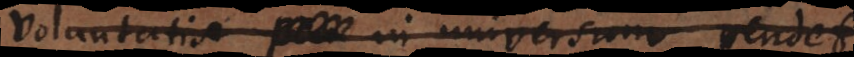
voluntatis pen in universum pendet